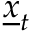
\underline { { x } } _ { t }